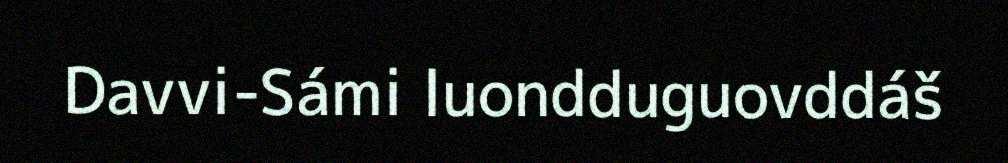
Davvi-Sámi luondduguovddáš